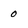
Character: 0